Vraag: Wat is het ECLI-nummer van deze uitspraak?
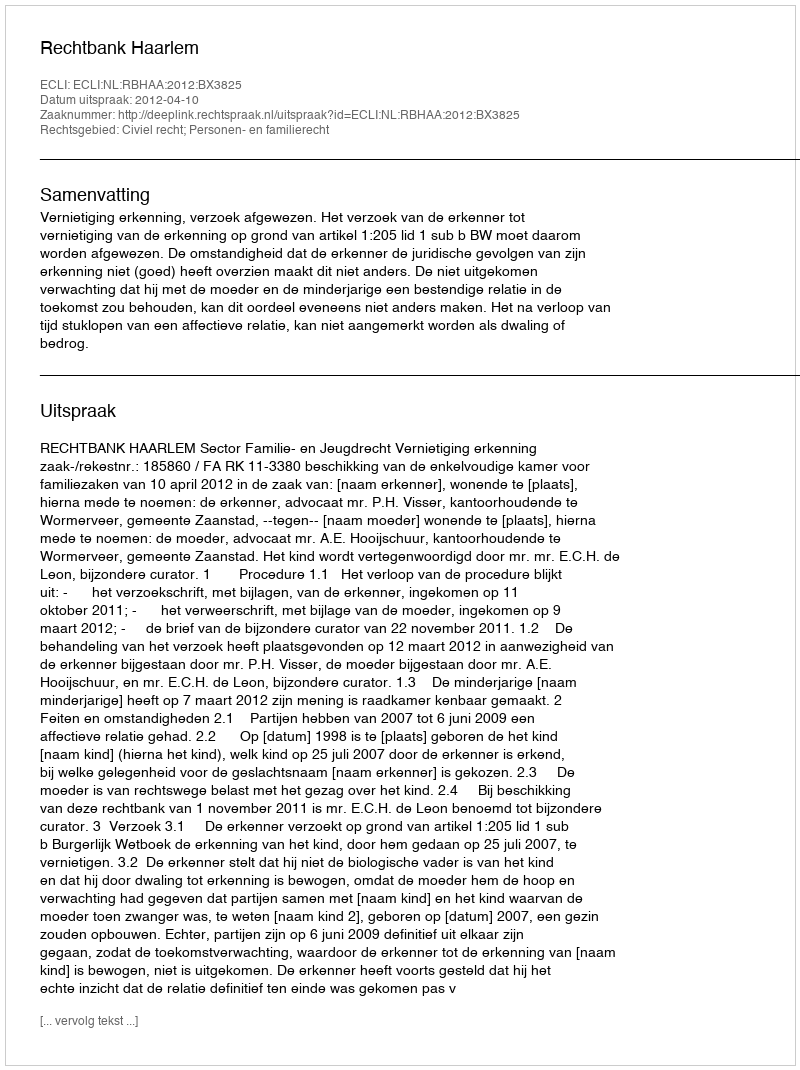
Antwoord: ECLI:NL:RBHAA:2012:BX3825